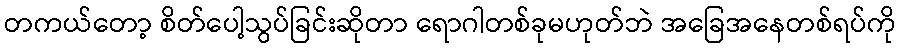
တကယ်တော့ စိတ်ပေါ့သွပ်ခြင်းဆိုတာ ရောဂါတစ်ခုမဟုတ်ဘဲ အခြေအနေတစ်ရပ်ကို